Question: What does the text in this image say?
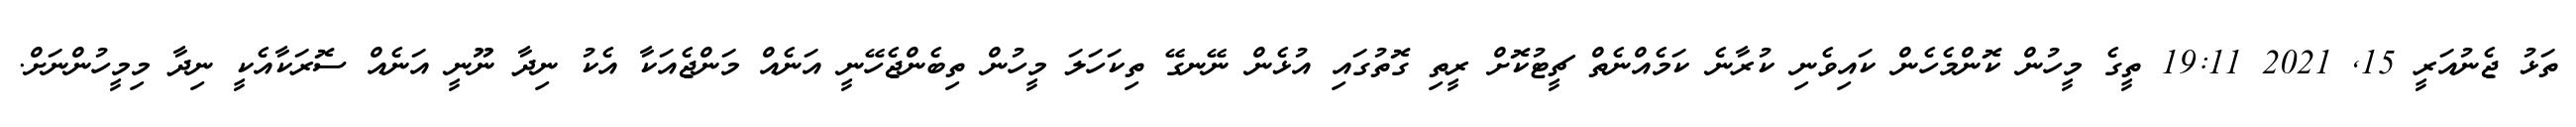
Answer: ތަޅު ޖެނުއަރީ 15, 2021 19:11 ތީގެ މީހުން ކޮންމެހެން ކައިވެނި ކުރާނެ ކަމެއްނެތް ޗީޓުކޮށް ރީތި ގޮތުގައި އުޅެން ނޭނގޭ ތިކަހަލަ މީހުން ތިބެންޖެހޭނީ އަނެއް މަންޖެއަކާ އެކު ނިދާ ނޫނީ އަނެއް ސޮރަކާއެކީ ނިދާ މިމީހުންނަށް.